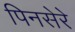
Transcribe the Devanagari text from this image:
पिनसेरे